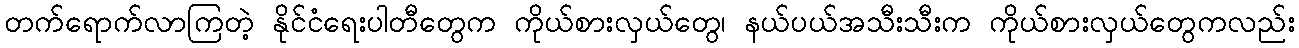
တက်ရောက်လာကြတဲ့ နိုင်ငံရေးပါတီတွေက ကိုယ်စားလှယ်တွေ၊ နယ်ပယ်အသီးသီးက ကိုယ်စားလှယ်တွေကလည်း